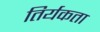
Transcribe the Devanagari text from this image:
तिर्यकता